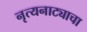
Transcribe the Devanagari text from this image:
नृत्यनाट्याचा